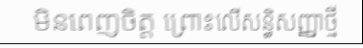
មិនពេញចិត្ត ព្រោះលើសន្ធិសញ្ញាថ្មី